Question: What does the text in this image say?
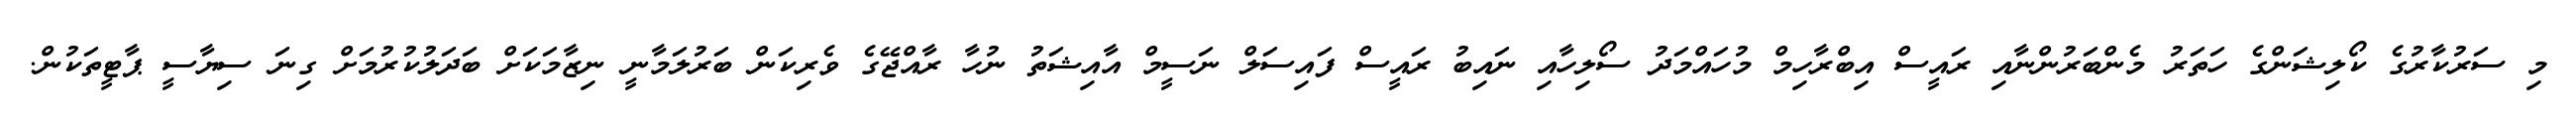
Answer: މި ސަރުކާރުގެ ކޯލިޝަންގެ ހަތަރު މެންބަރުންނާއި ރައީސް އިބްރާހިމް މުހައްމަދު ސޯލިހާއި ނައިބު ރައީސް ފައިސަލް ނަސީމް އާއިޝަތު ނުހާ ރާއްޖޭގެ ވެރިކަން ބަރުލަމާނީ ނިޒާމަކަށް ބަދަލުކުރުމަށް ގިނަ ސިޔާސީ ޕާޓީތަކުން.